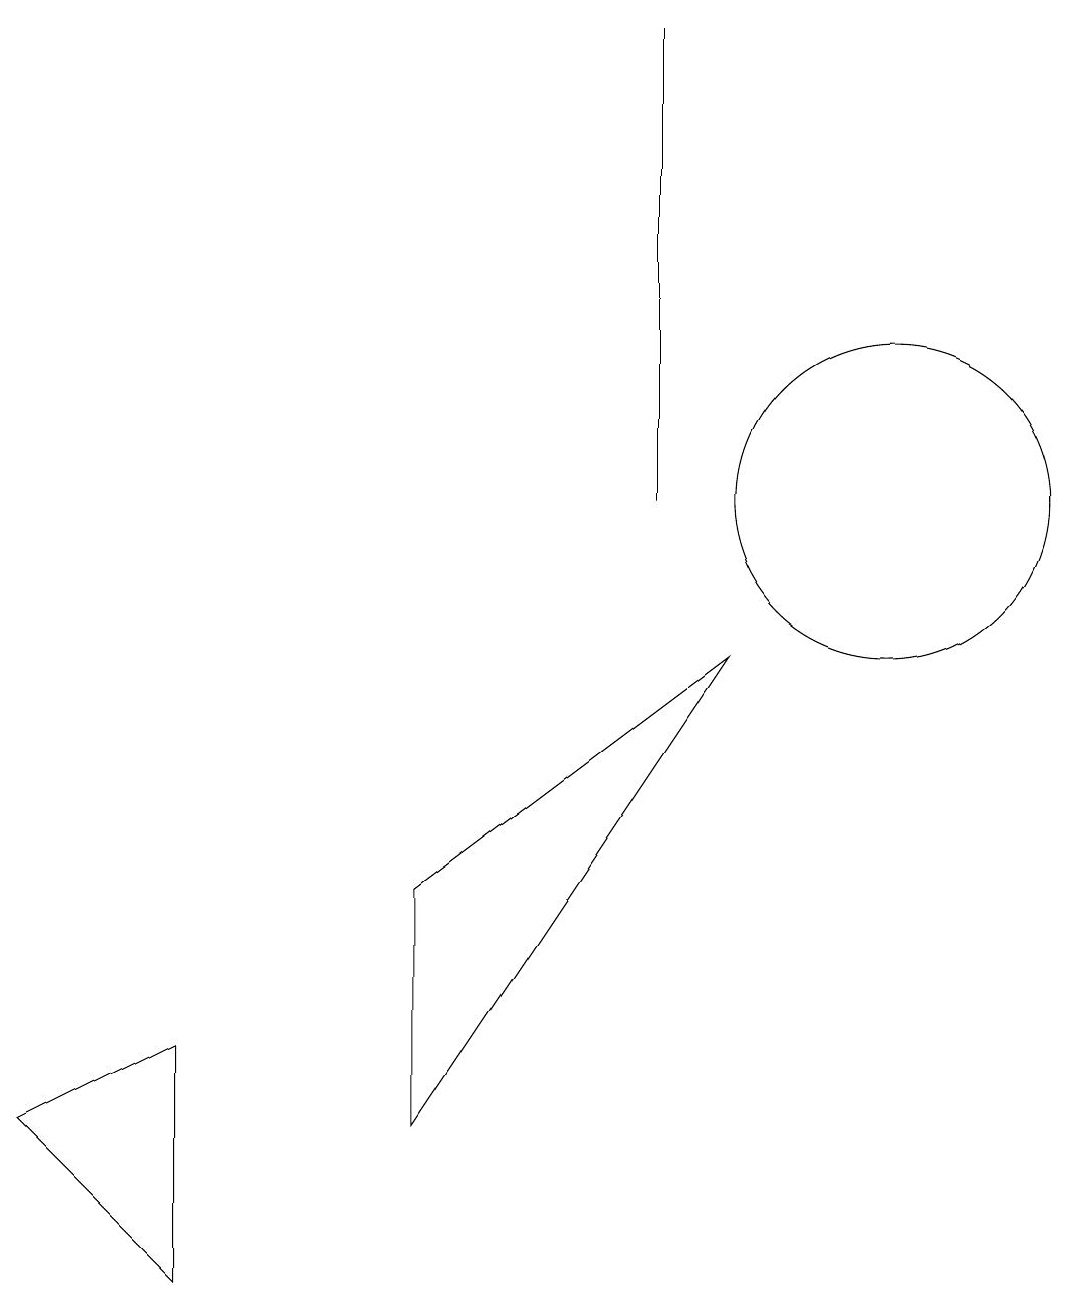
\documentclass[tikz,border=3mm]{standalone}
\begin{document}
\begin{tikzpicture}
\draw (8,17) rectangle (8,11);
\draw (9,9) -- (5,3) -- (5,6) -- cycle;
\draw (2,4) -- (2,1) -- (0,3) -- cycle;
\draw (11,11) circle (2);
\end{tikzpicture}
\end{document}